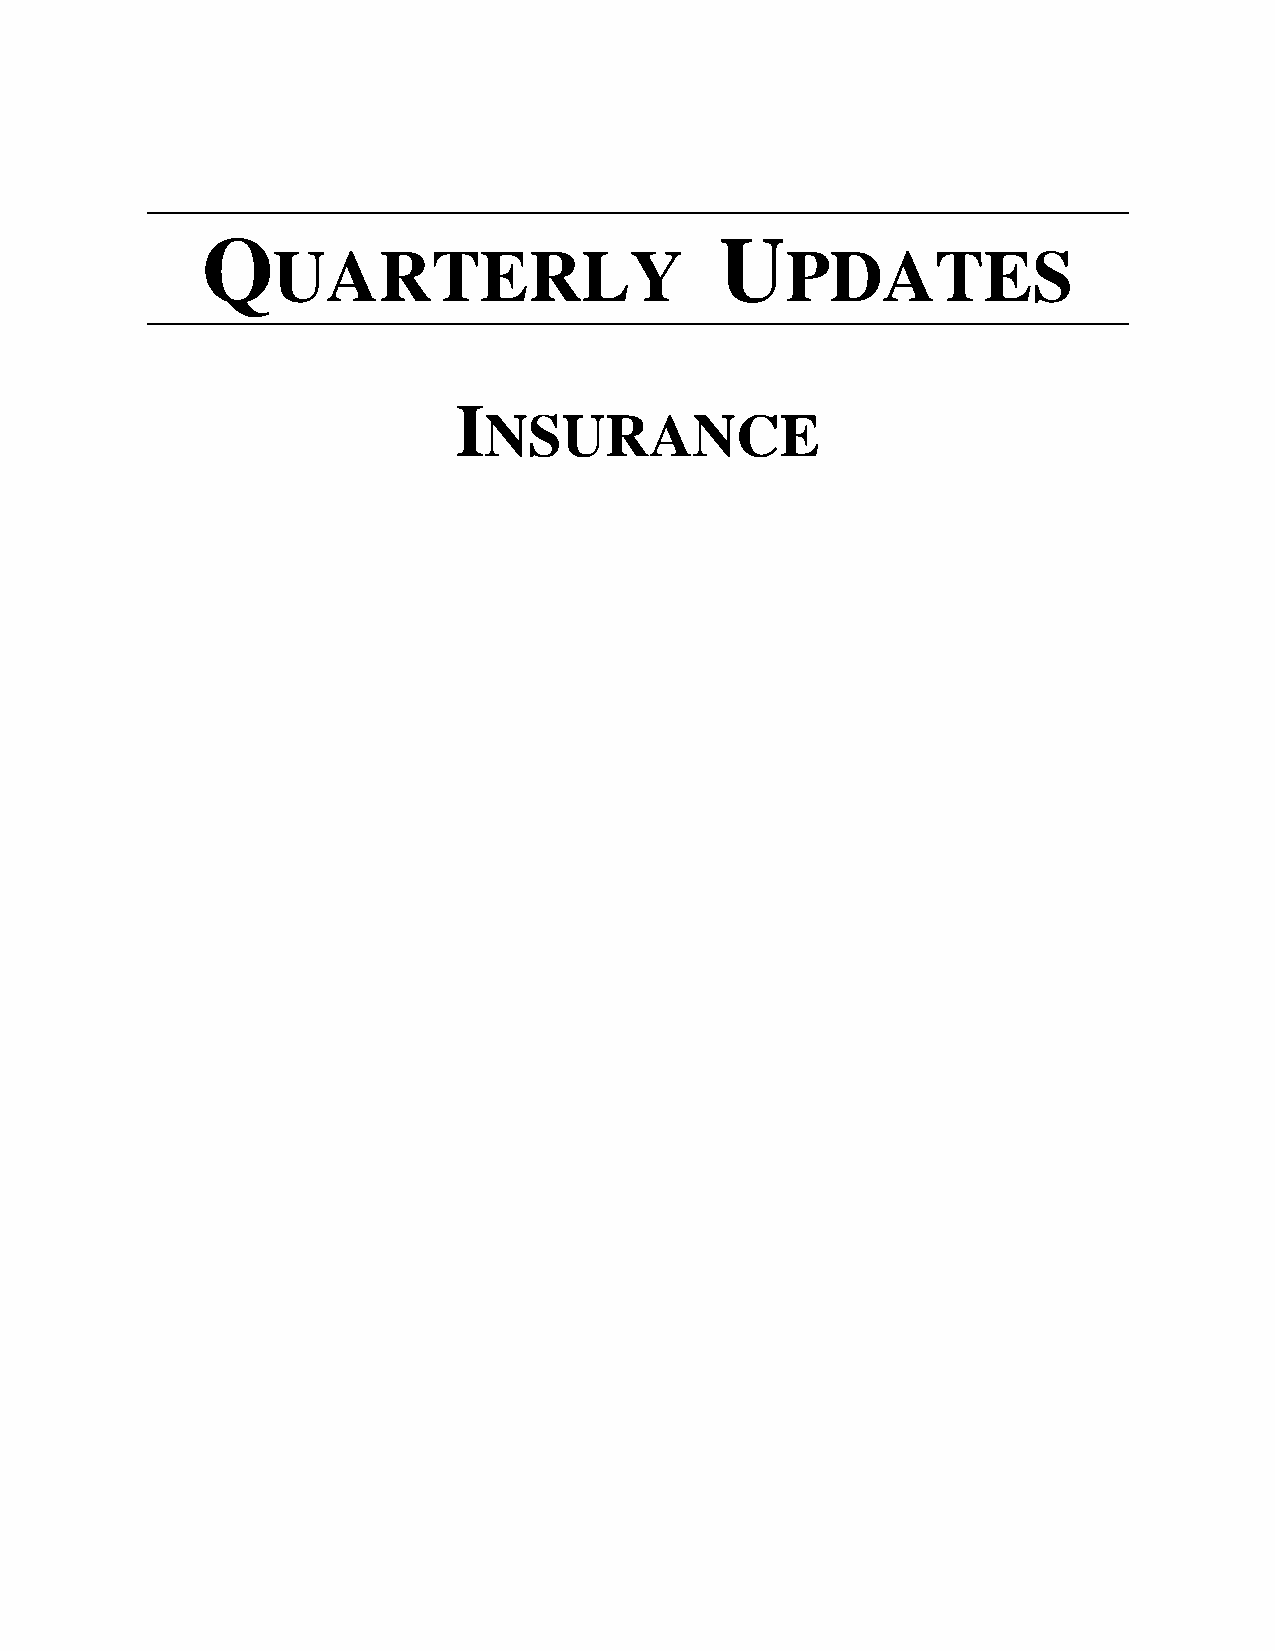
Q                                  U
 UARTERLY                          PDATES
 I
 NSURANCE